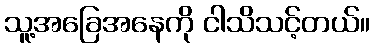
သူ့အခြေအနေကို ငါသိသင့်တယ်။